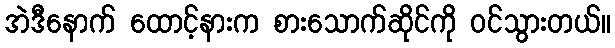
အဲဒီနောက် ထောင့်နားက စားသောက်ဆိုင်ကို ဝင်သွားတယ်။